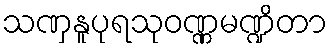
သဏှနူပုရသုဝဏ္ဏမဏ္ဍိတာ